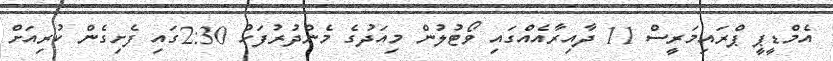
އެމްޑީޕީ ޕްރައިމަރީސް 11 ދާއިރާއެއްގައި ވޯޓުލުން މިއަދުގެ މެންދުރުފަހު 2:30ގައި ފެށިގެން ކުރިއަށް